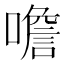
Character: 噡